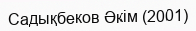
Садықбеков Әкім (2001)